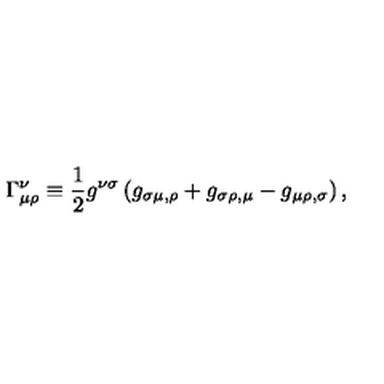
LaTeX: \Gamma _ { \mu \rho } ^ { \nu } \equiv { \frac { 1 } { 2 } } g ^ { \nu \sigma } \left( g _ { \sigma \mu , \rho } + g _ { \sigma \rho , \mu } - g _ { \mu \rho , \sigma } \right) ,